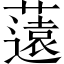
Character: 薳